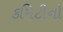
કમિટીનો